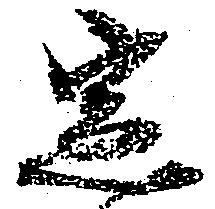
定